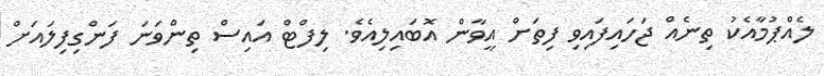
ލެއްޕުމާއެކު ތިނެއް ޖަހައިފައިވި ފިތަށް އީވާން އޮބައިލިއެވެ. ލިފްޓް އައިސް ތިންވަނަ ފަންގިފިލައަށް